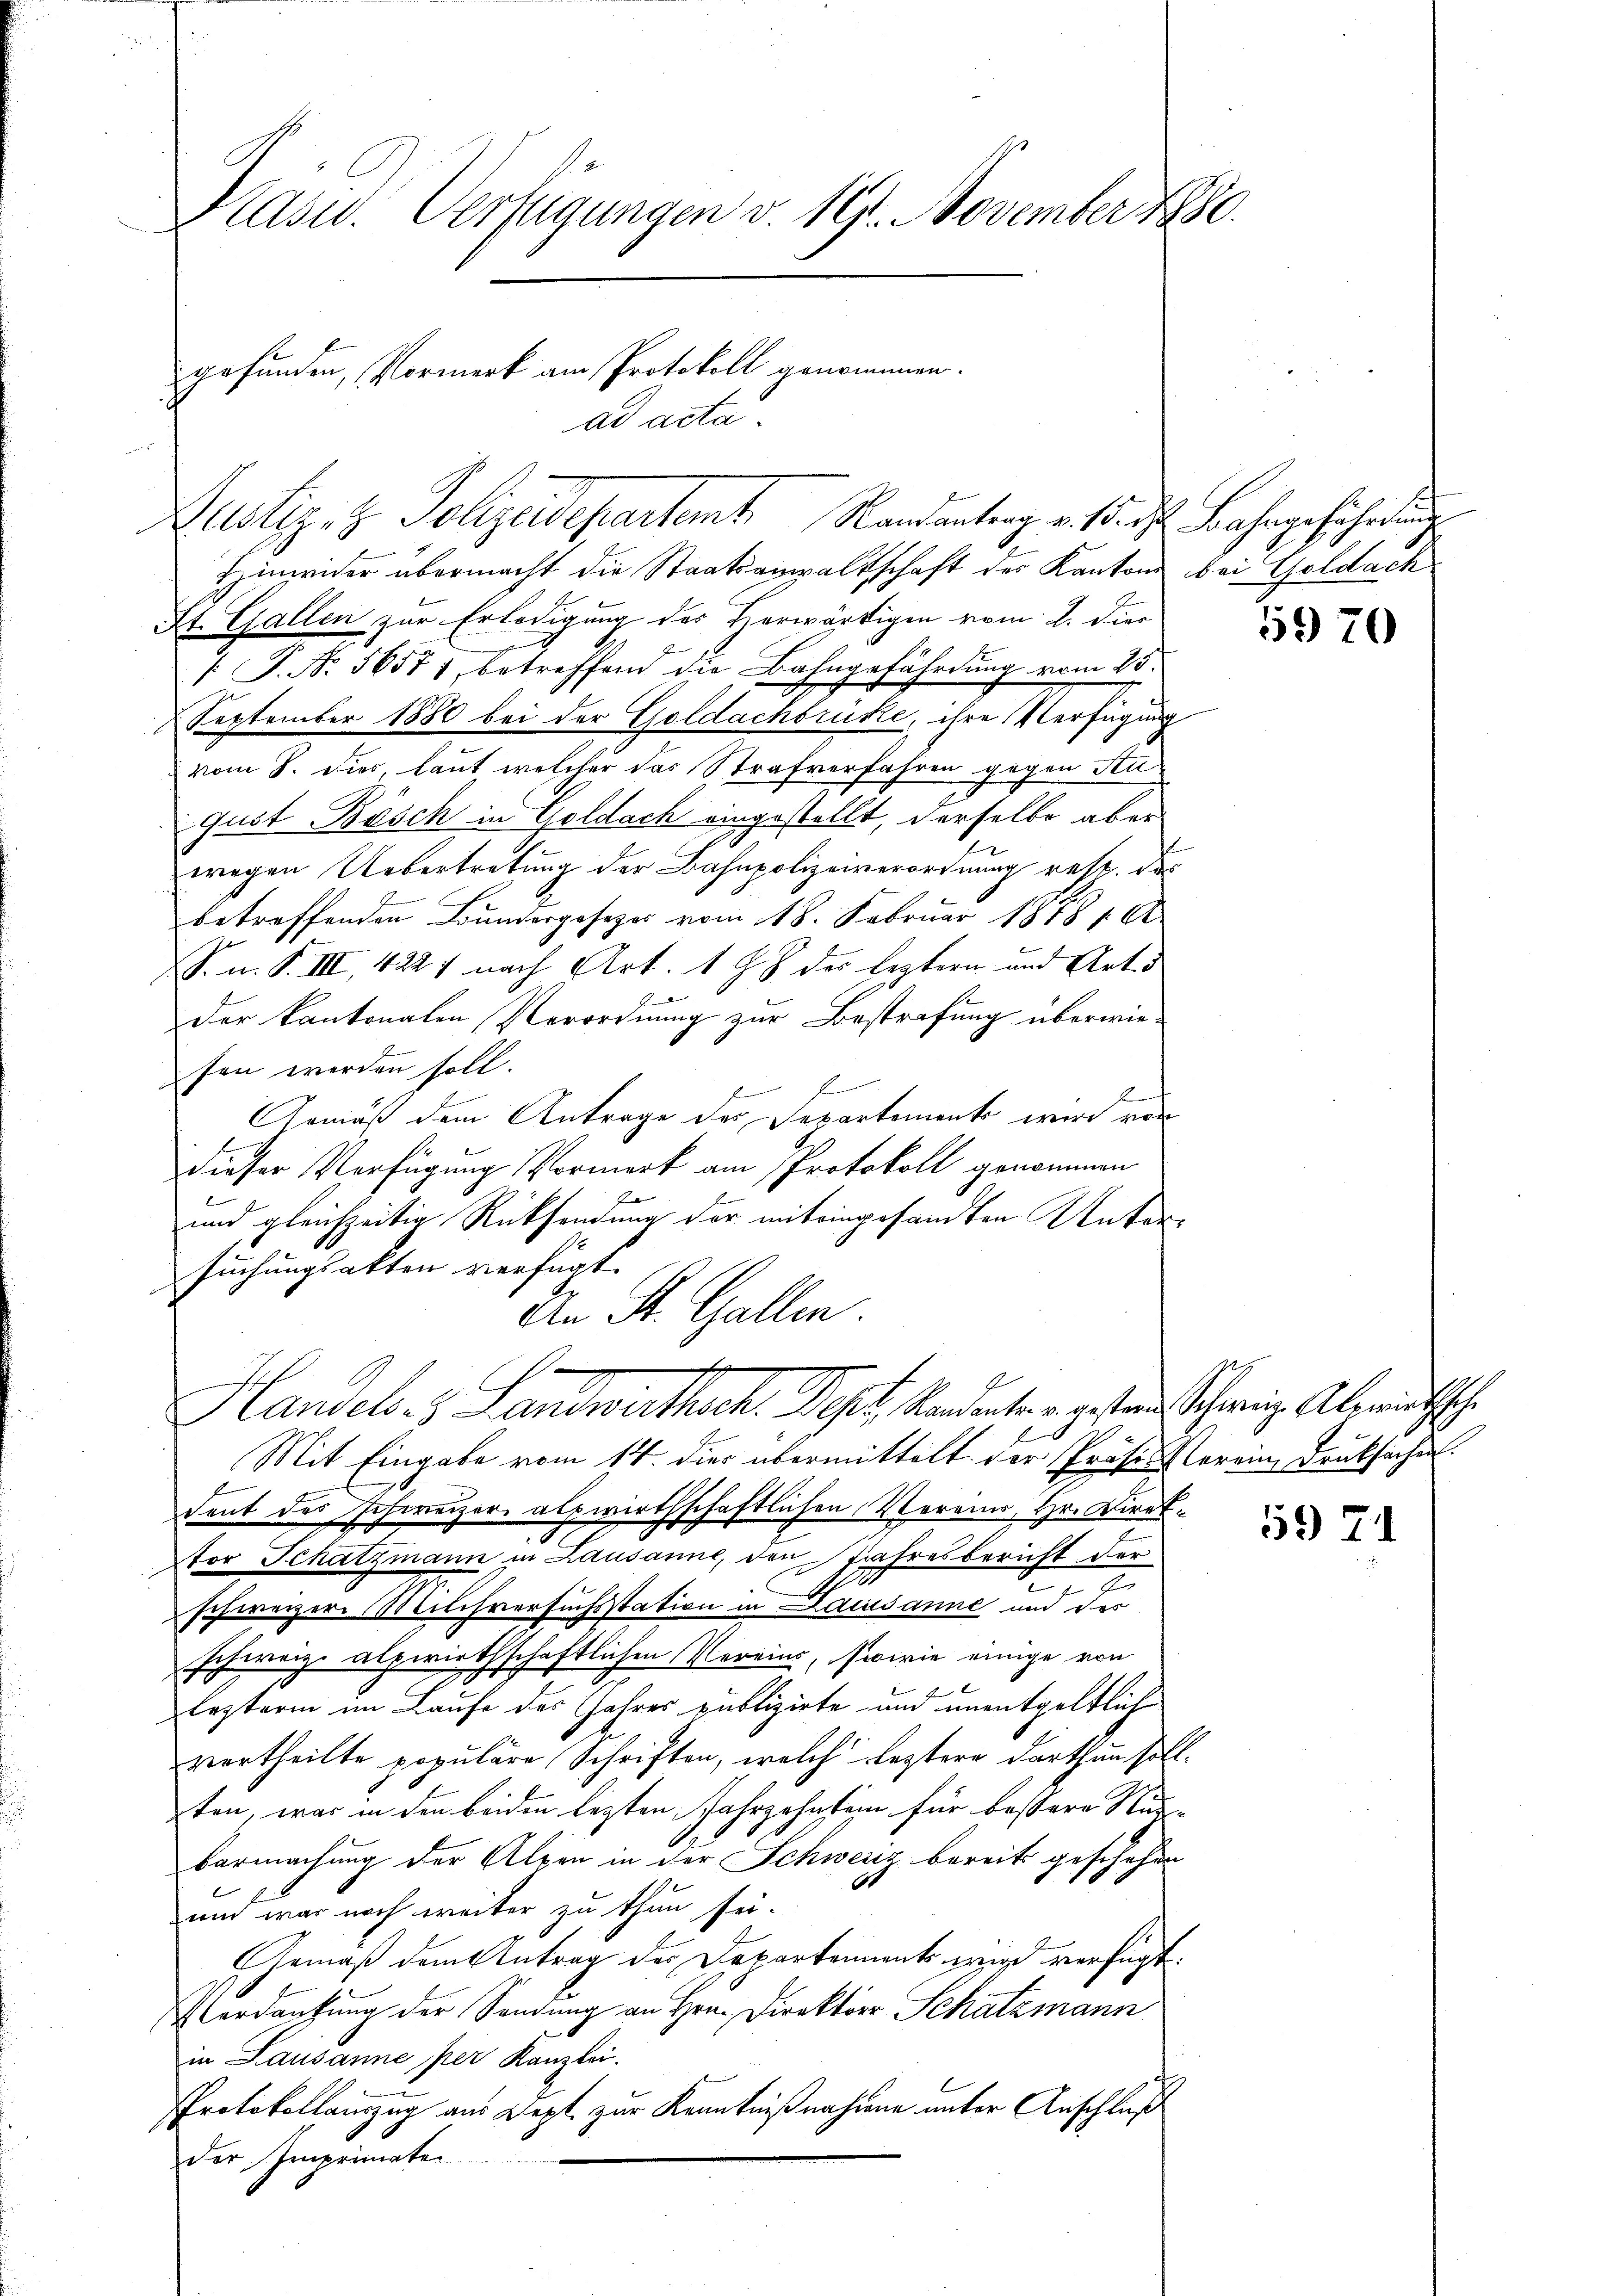
Prasw. Verfügungen v. 191. November 1880.

gefunden, Vormerk am Protokoll genommen.
Justiz- & Polizeidepartet. Mandantrag v. o. des Bahngefährdung

Hinwider übermacht die Staatsanwaltschaft des Kantons bei Goldach
St. Gallen zur Erledigung des Horwärtigen vom 2. Dier
 P. Nr. 56571, betreffend die Bahngefährdŭng vom 25.
September 1880 bei der Goldachbrüke, ihre Verfügung
vom 8. Dier, laut welcher das Strafverfahren gegen Stugust Bösch in Geldach eingestellt, derselbe aber
wegen Uebertretung der Bahnpolizeiverordnung resp. das
betreffenden Bundesgesetzes vom 18. Februar 1878 191
S. n. F. III, 4227 nach Art. 18 des leztern und Art.
der kantonalen Verordnung zur Bestrafung überwiesen werden soll.
Armäß dem Antrage des Departement wird von
dieser Verfügung Vormerk am Protokoll genommen
a
und gleichzeitig Rücksendung der miteingesandten Unter-
suchungsakten verfügt:
An St. Gallen.
u
Handels- & Landwirthsch. Sept. Kandenten gestand, Schweiz. Aberinthsch
b
Mit Eingabe vom 14. dies übermittelt der Präses Verein Drucksachen
dent des Schweizer alpwirthschaftlichen Verein, Hr. Direk¬
Stor Schatzmann in Lausanne, den Jahresbericht der
J
d
schweizern Milchversuchsstation in Lausanne und des
schweiz. alpwirthschaftlichen Vereins, sowie einige von
x
lezterm im Laufe des Jahres publizirte und unentgeltlich
vortheilte populare Schriften, welch leztere darthun sollten, was in den beiden lezten Jahrzehnstein für bessere Stun-
barmachung der Alpen in der Schweiz bereits geschehen
und war noch weiter zu thun sei.
Gemäß dem Antrag des Departements wird verfügt:
Verdankung der Sendung an Hrn. Direktor Schatzmann
in Lausanne per Kanzlei.
Protokollauszug aus Dept. zur Kenntnißnahmen unter Anschluß
der Imprimaten

ad acta

5970

5971